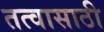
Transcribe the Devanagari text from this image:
तत्वासाठी